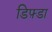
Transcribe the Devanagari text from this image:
डिफ़्डा